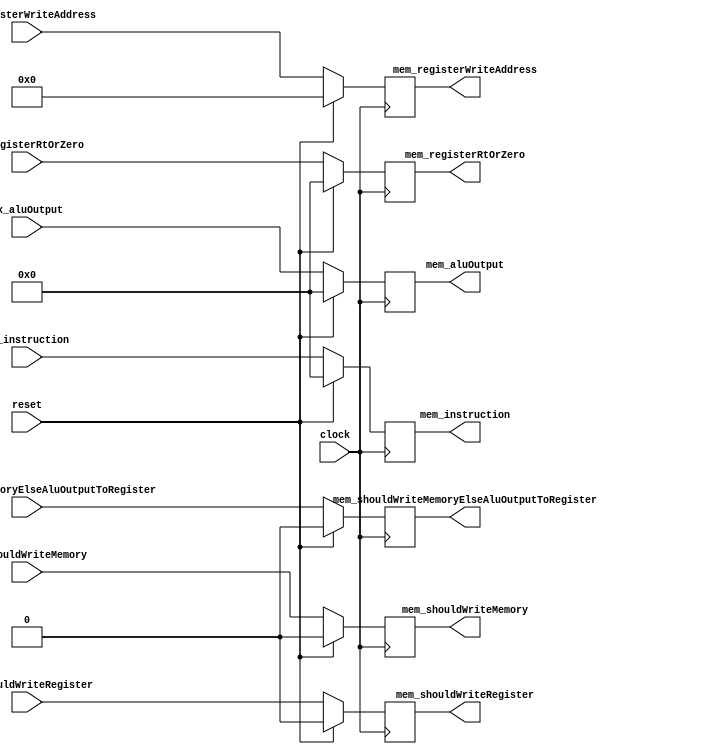
// This program was cloned from: https://github.com/zhanghai/archexp
// License: GNU General Public License v3.0

`timescale 1ns / 1ps

module ExMemRegisters (

		input clock,
		input reset,

		input [31:0] ex_instruction,

		input ex_shouldWriteRegister,
		input [4:0] ex_registerWriteAddress,
		input ex_shouldWriteMemoryElseAluOutputToRegister,

		input [31:0] ex_aluOutput,
		input ex_shouldWriteMemory,
		input [31:0] ex_registerRtOrZero,

		output reg [31:0] mem_instruction = 0,

		output reg mem_shouldWriteRegister = 0,
		output reg [4:0] mem_registerWriteAddress = 0,
		output reg mem_shouldWriteMemoryElseAluOutputToRegister = 0,

		output reg [31:0] mem_aluOutput = 0,
		output reg mem_shouldWriteMemory = 0,
		output reg [31:0] mem_registerRtOrZero = 0
	);

	always @(posedge clock) begin

		if (reset) begin

			mem_instruction <= 0;

			mem_shouldWriteRegister <= 0;
			mem_registerWriteAddress <= 0;
			mem_shouldWriteMemoryElseAluOutputToRegister <= 0;

			mem_aluOutput <= 0;
			mem_shouldWriteMemory <= 0;
			mem_registerRtOrZero <= 0;

		end else begin

			mem_instruction <= ex_instruction;

			mem_shouldWriteRegister <= ex_shouldWriteRegister;
			mem_registerWriteAddress <= ex_registerWriteAddress;
			mem_shouldWriteMemoryElseAluOutputToRegister <= ex_shouldWriteMemoryElseAluOutputToRegister;

			mem_aluOutput <= ex_aluOutput;
			mem_shouldWriteMemory <= ex_shouldWriteMemory;
			mem_registerRtOrZero <= ex_registerRtOrZero;
		end
	end
endmodule